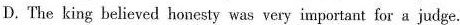
D. The king believed honesty was very important for a judge.